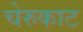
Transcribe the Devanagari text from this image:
चेरुकाट